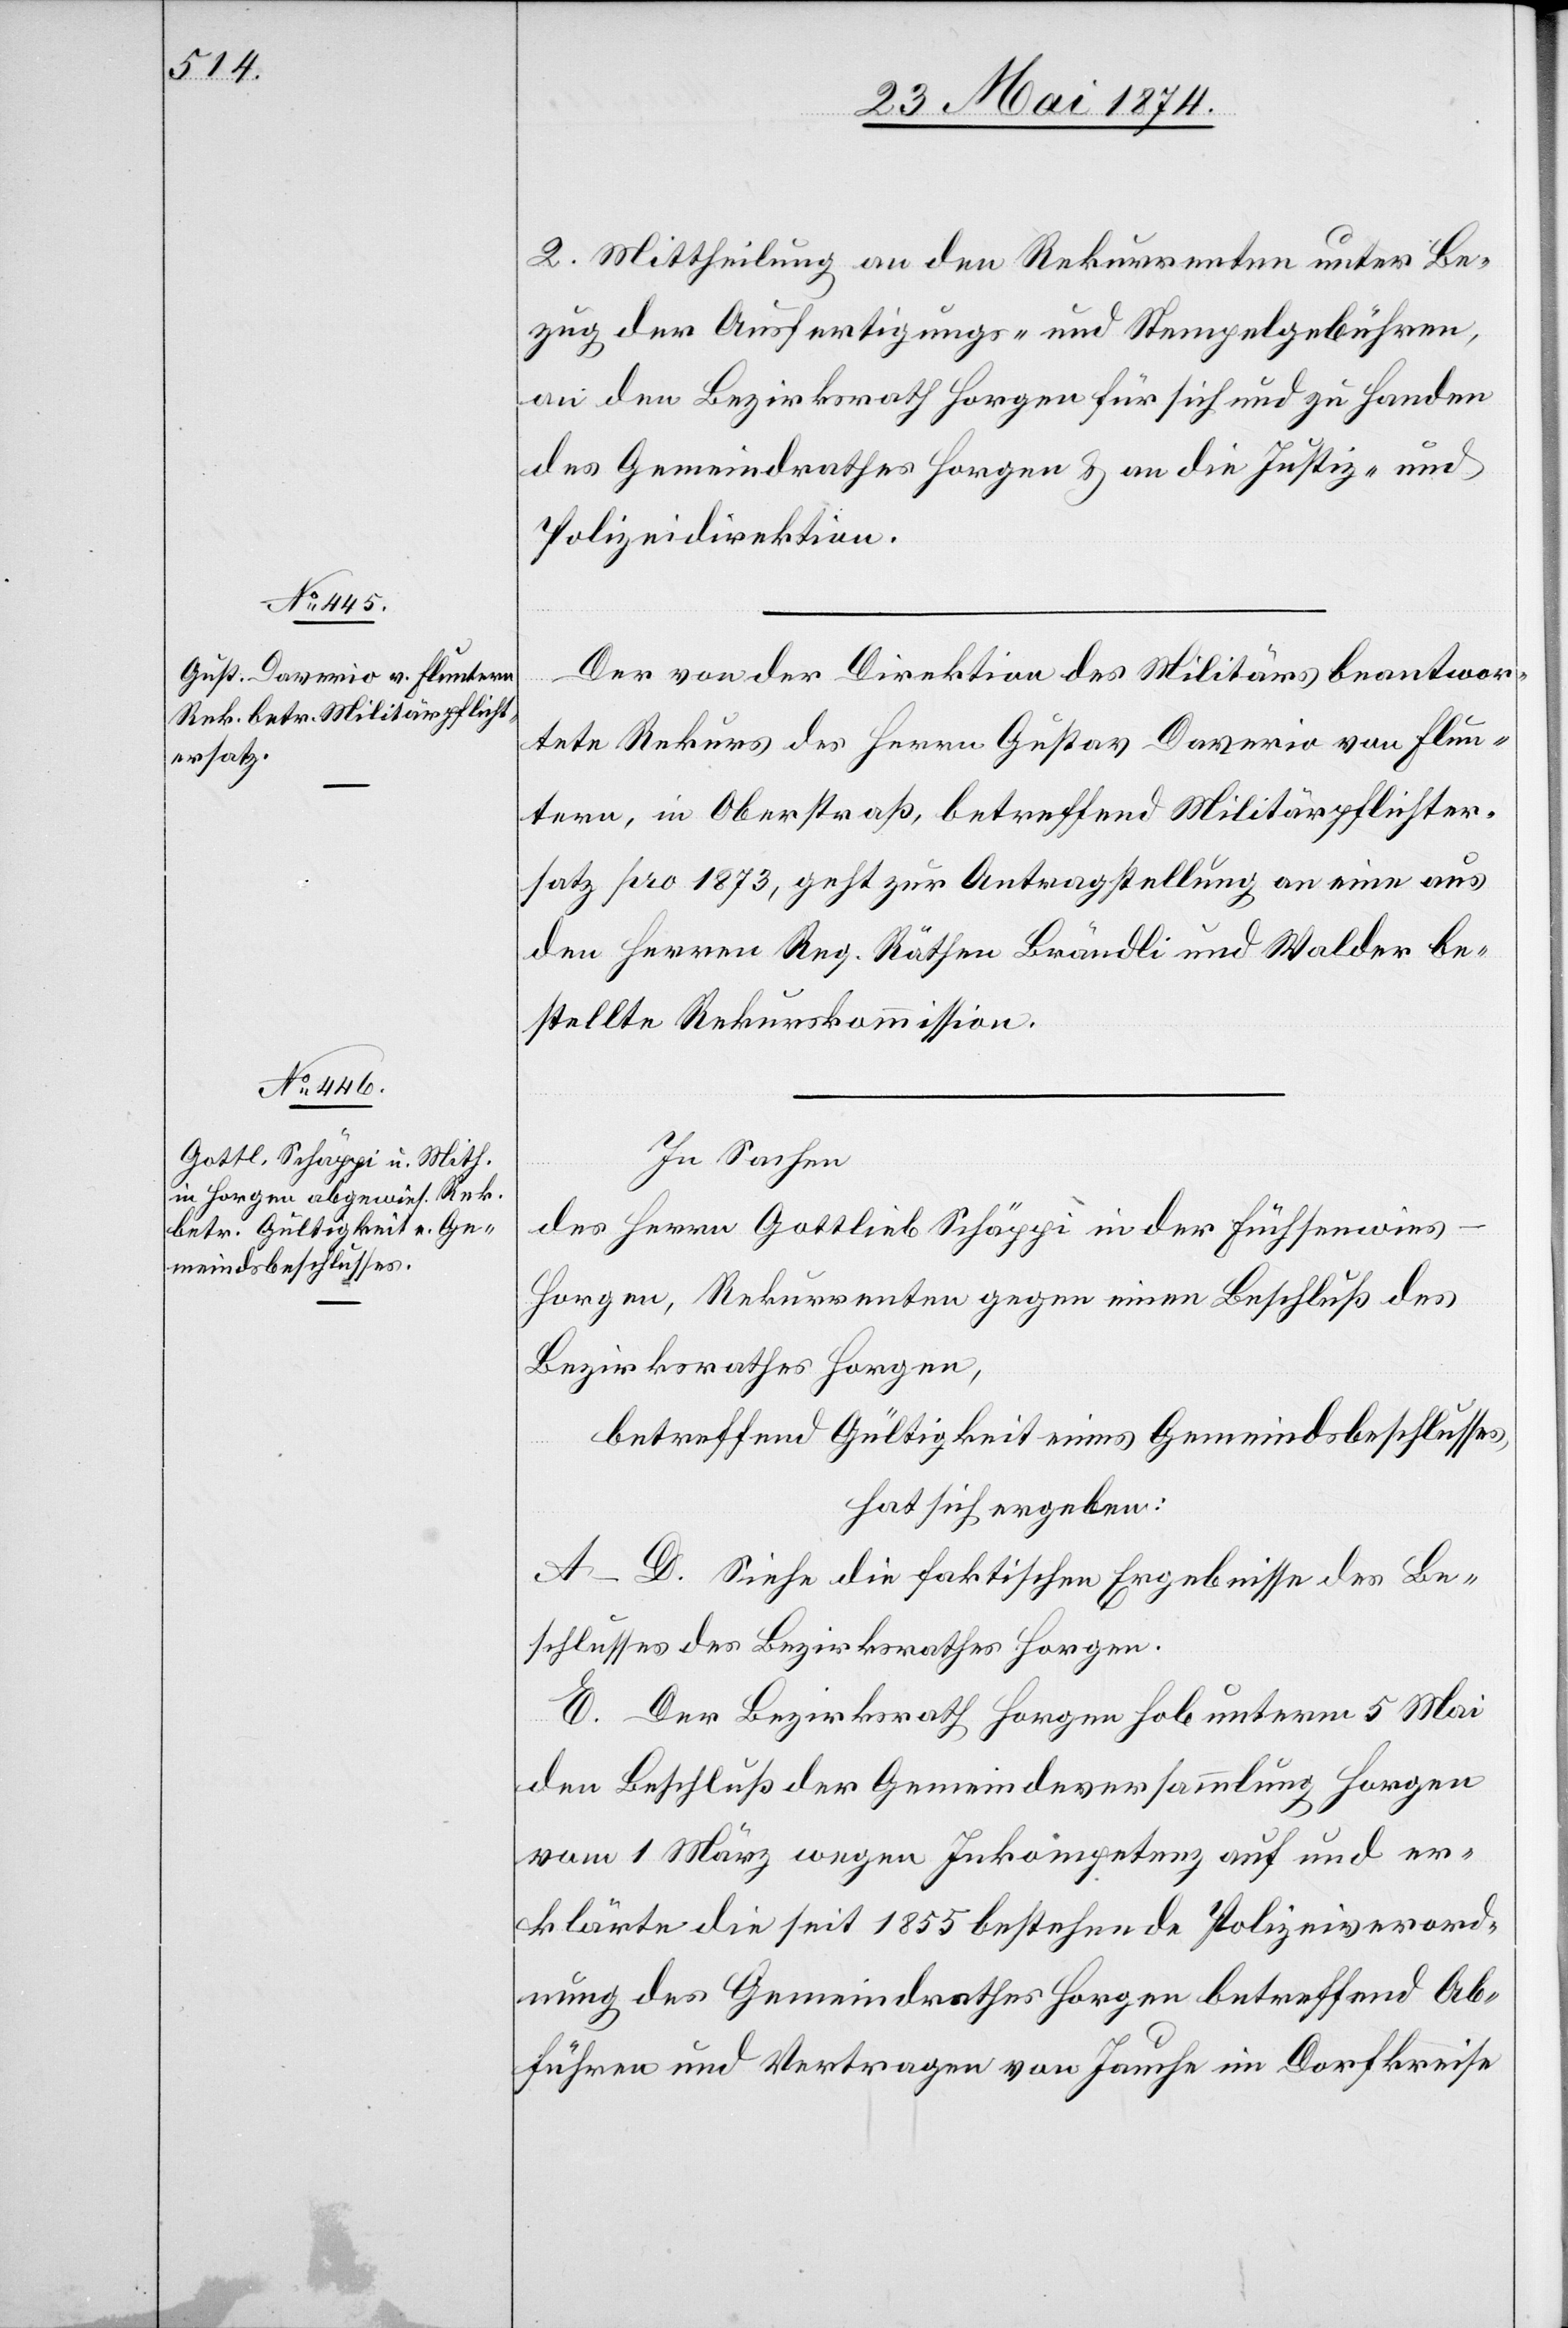
2. Mittheilung an den Rekurrenten unter Be¬
zug der Ausfertigungs- und Stempelgebühren,
an den Bezirksrath Horgen für sich und zu Handen
des Gemeindrathes Horgen u. an die Justiz- und
Polizeidirektion.
Der von der Direktion des Militärs beantwor¬
tete Rekurs des Herrn Gustav Daverio von Flun¬
tern, in Oberstraß, betreffend Militärpflichter¬
satz pro 1873, geht zur Antragstellung an eine aus
den Herren Reg. Räthen Brändli und Walder be¬
stellte Rekurskommission.
In Sachen
des Herrn Gottlieb Schäppi in der Füchsenwies-H¬
orgen, Rekurrenten gegen einen Beschluß des
Bezirksrathes Horgen,
betreffend Gültigkeit eines Gemeindsbeschlusses,
hat sich ergeben:
A–D. Siehe die faktischen Ergebnisse des Be¬
schlusses des Bezirksrathes Horgen.
E. Der Bezirksrath Horgen hob unterm 5. Mai
den Beschluß der Gemeindeversammlung Horgen
vom 1. März wegen Inkompetenz auf und er¬
klärte die seit 1855 bestehende Polizeiverord¬
nung des Gemeindrathes Horgen betreffend Ab¬
führen und Vertragen von Jauche im Dorfkreise